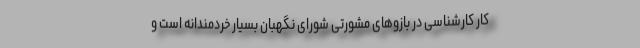
کار کارشناسی در بازوهای مشورتی شورای نگهبان بسیار خردمندانه است و